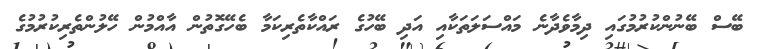
ބޭސް ބޭނުންކުރުމުގައި ދިމާވެދާނެ މައްސަލަތަކާއި އަދި ބޭހުގެ ރައްކާތެރިކަމާ ބެހޭގޮތުން އާއްމުން ހޭލުންތެރިކުރުމުގެ